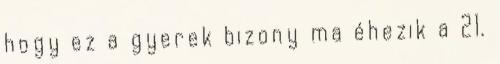
hogy ez a gyerek bizony ma éhezik a 21.